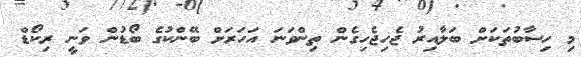
މި ހިސާބުތަކަށް ބަލާއިރު ޖެހިޖެހިގެން ތިންވަނަ އަހަރަަށް ބޭންކުގެ ބޯޑުން ވަނީ ރިކޯޑް